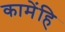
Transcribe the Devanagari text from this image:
कामेंहि